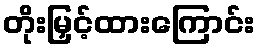
တိုးမြှင့်ထားကြောင်း